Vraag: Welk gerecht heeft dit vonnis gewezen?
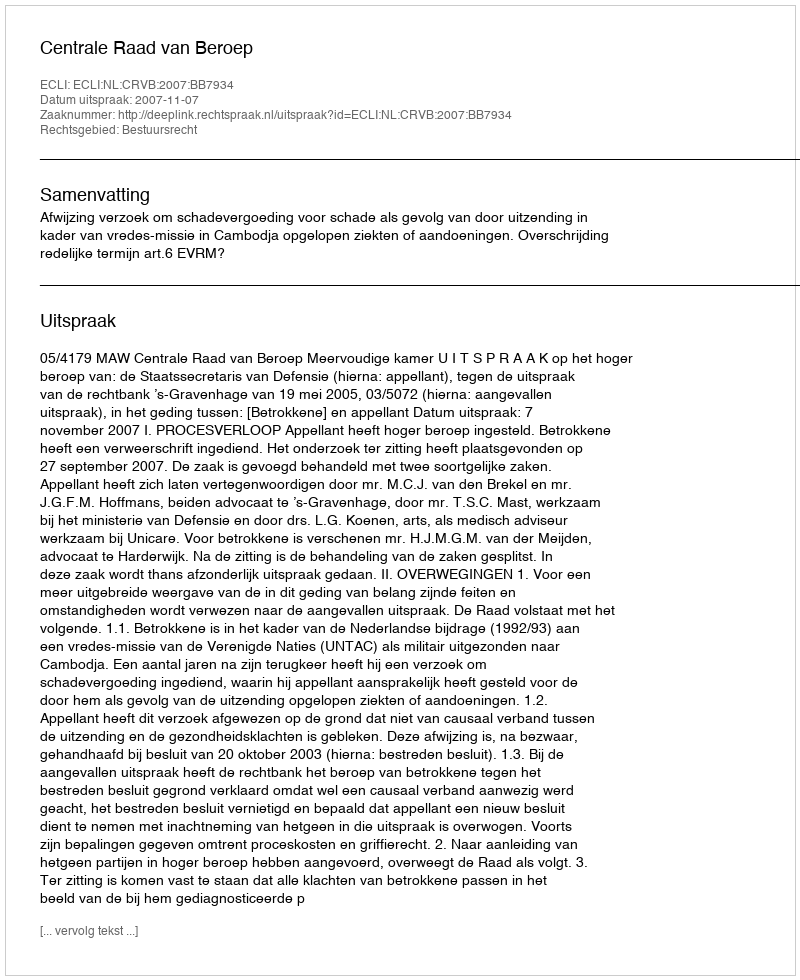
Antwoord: Centrale Raad van Beroep